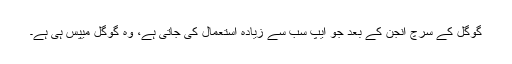
گوگل کے سرچ انجن کے بعد جو ایپ سب سے زیادہ استعمال کی جاتی ہے، وہ گوگل میپس ہی ہے۔